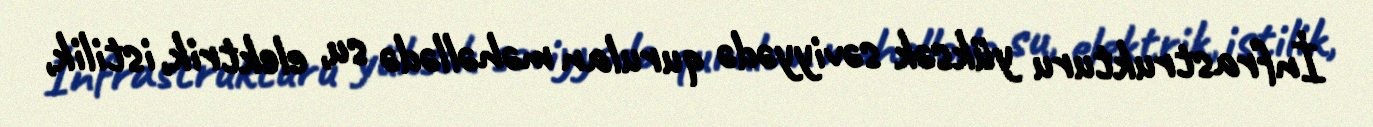
İnfrastrukturu yüksək səviyyədə qurulan məhəllədə su, elektrik, istilik,